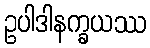
ဥပါဒါနက္ခယဿ